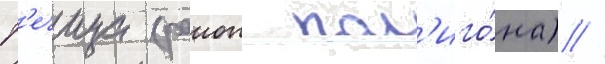
Р'ечица (раион пол'иго́на) //